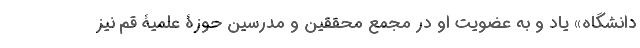
دانشگاه» یاد و به عضویت او در مجمع محققین و مدرسین حوزۀ علمیۀ قم نیز